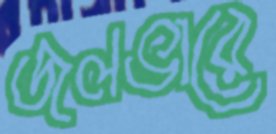
জলভারে